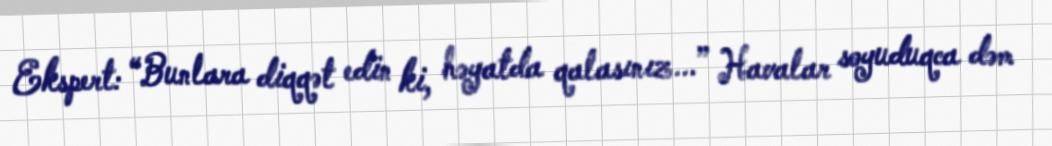
Ekspert: “Bunlara diqqət edin ki, həyatda qalasınız...” Havalar soyuduqca dəm